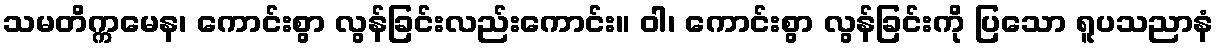
သမတိက္ကမေန၊ ကောင်းစွာ လွန်ခြင်းလည်းကောင်း။ ဝါ၊ ကောင်းစွာ လွန်ခြင်းကို ပြသော ရူပသညာနံ